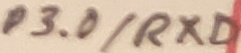
Text: P3.0/RXD